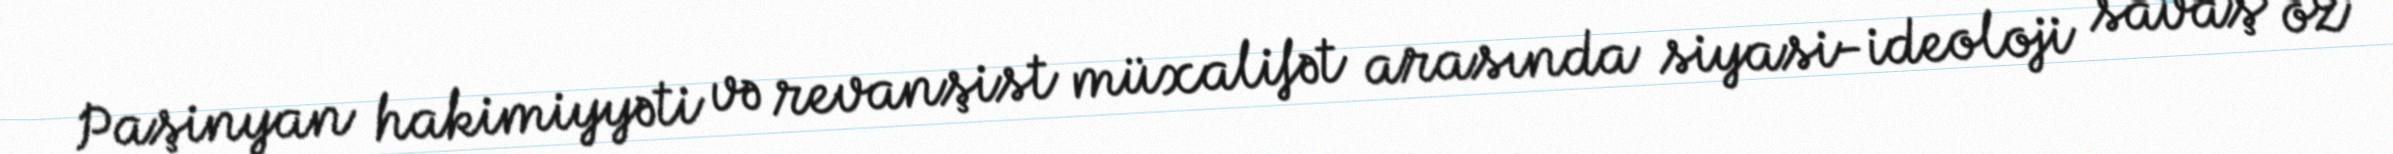
Paşinyan hakimiyyəti və revanşist müxalifət arasında siyasi-ideoloji savaş öz